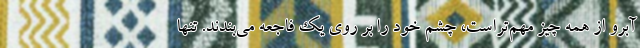
آبرو از همه چیز مهم‌تراست، چشم خود را بر روی یک فاجعه می‌بندند. تنها